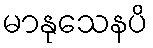
မာနုသေနပိ